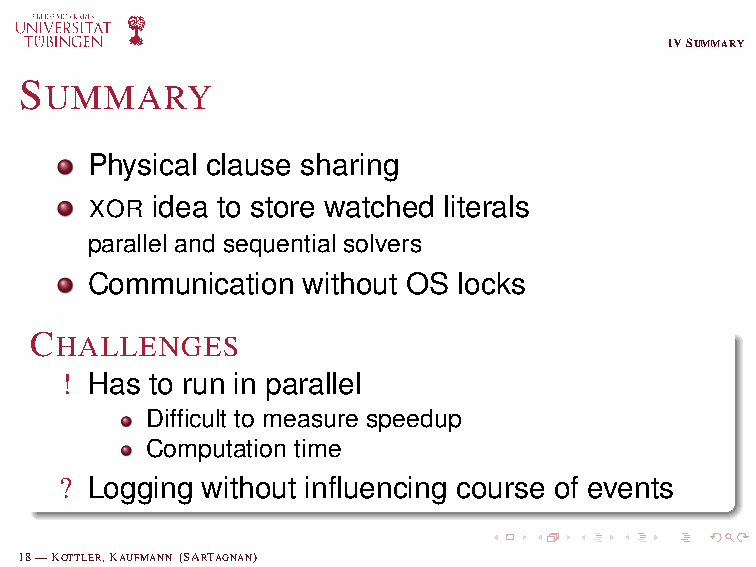
IVSUMMARY
 S
 UMMARY
 Physical clause sharing
 XOR idea to store watched literals
 parallel and sequential solvers
 Communication without OS locks
 CHALLENGES
 ! Has to run in parallel
 Difficult to measure speedup
 Computation time
 ? Logging without influencing course of events
 18—KOTTLER,KAUFMANN (SARTAGNAN)